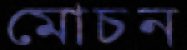
মোচন